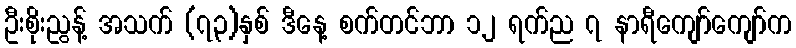
ဦးစိုးညွန့် အသက် (၇၃)နှစ် ဒီနေ့ စက်တင်ဘာ ၁၂ ရက်ည ၇ နာရီကျော်ကျော်က